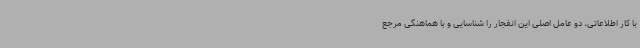
با کار اطلاعاتی، دو عامل اصلی این انفجار را شناسایی و با هماهنگی مرجع